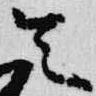
令